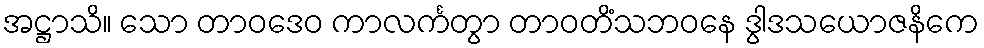
အဋ္ဌာသိ။ သော တာဝဒေဝ ကာလင်္ကတွာ တာဝတိံသဘဝနေ ဒွါဒသယောဇနိကေ